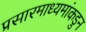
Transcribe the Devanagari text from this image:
प्रसारमाध्यमांकडुन